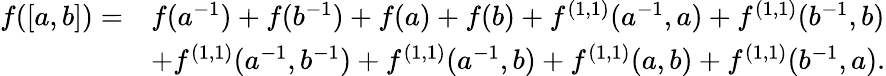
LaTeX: \begin{array}{rl}{f([a,b])=}&{f(a^{-1})+f(b^{-1})+f(a)+f(b)+f^{(1,1)}(a^{-1},a)+f^{(1,1)}(b^{-1},b)}\\ &{+f^{(1,1)}(a^{-1},b^{-1})+f^{(1,1)}(a^{-1},b)+f^{(1,1)}(a,b)+f^{(1,1)}(b^{-1},a).}\end{array}